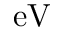
\mathrm { e V }